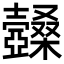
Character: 𣡆